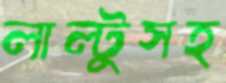
লাল্টুসহ